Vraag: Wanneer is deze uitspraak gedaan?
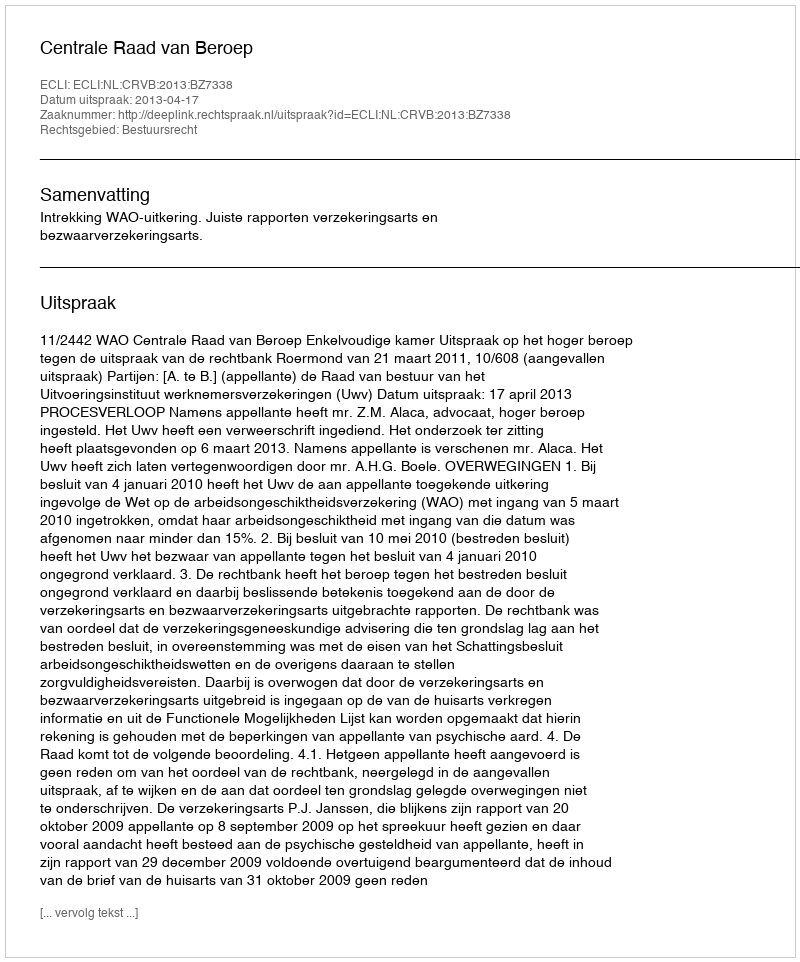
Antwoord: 2013-04-17